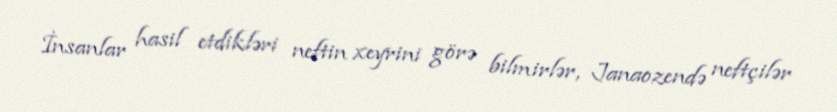
İnsanlar hasil etdikləri neftin xeyrini görə bilmirlər, Janaozendə neftçilər